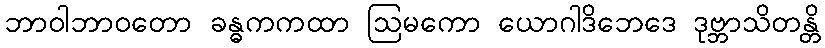
ဘာဝါဘာဝတော ခန္ဓကကထာ ဩမကော ယောဂါဒိဘေဒေ ဒုဗ္ဘာသိတန္တိ